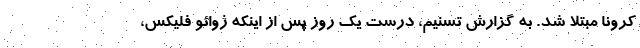
کرونا مبتلا شد. به گزارش تسنیم، درست یک روز پس از اینکه ژوائو فلیکس،